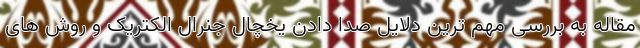
مقاله به بررسی مهم ترین دلایل صدا دادن یخچال جنرال الکتریک و روش های